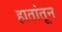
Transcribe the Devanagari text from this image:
हातांतून